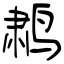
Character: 鹔